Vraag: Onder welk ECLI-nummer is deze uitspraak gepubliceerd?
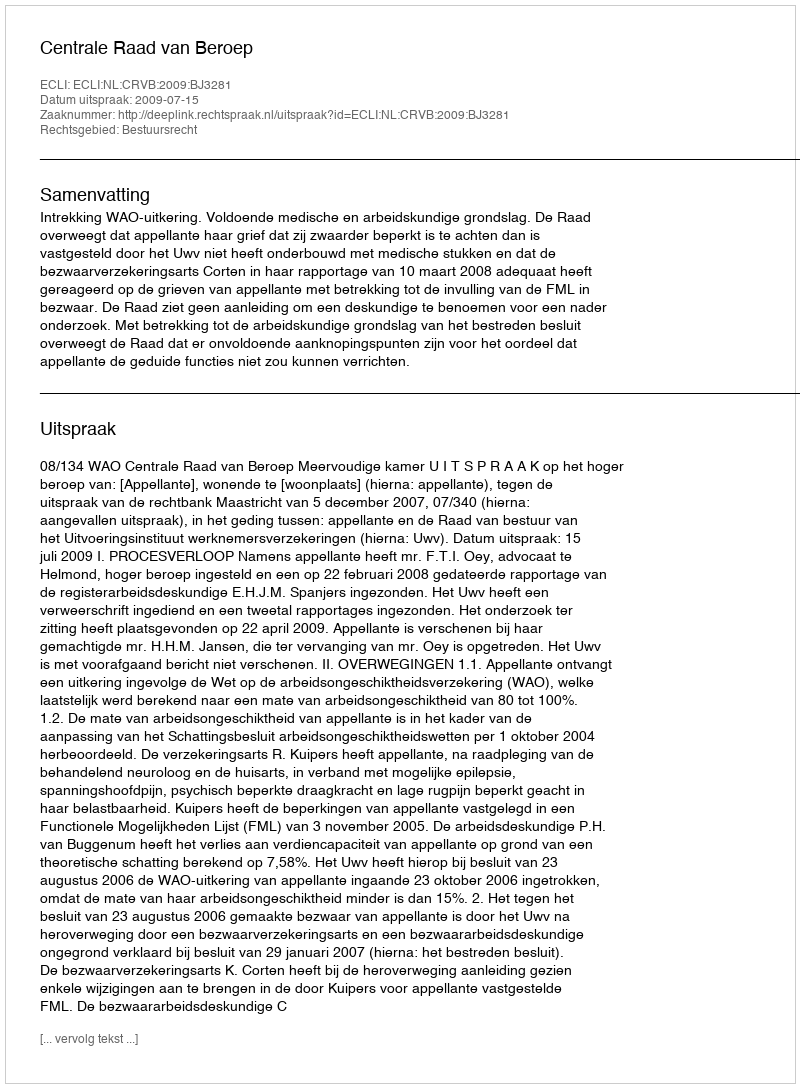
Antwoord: ECLI:NL:CRVB:2009:BJ3281